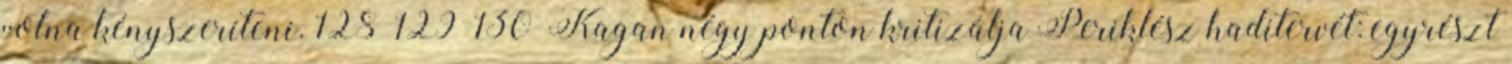
volna kényszeríteni. 128 129 130 Kagan négy ponton kritizálja Periklész haditervét: egyrészt